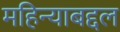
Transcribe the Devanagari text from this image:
महिन्याबद्दल